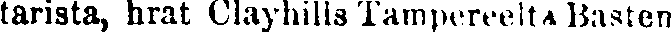
tarista, hrat Clayhills Tampereelta Basten